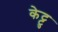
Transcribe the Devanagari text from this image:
केट्टु